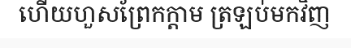
ហើយហួសព្រែកក្តាម ត្រឡប់មកវិញ